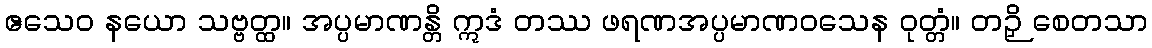
ဧသေဝ နယော သဗ္ဗတ္ထ။ အပ္ပမာဏန္တိ ဣဒံ တဿ ဖရဏအပ္ပမာဏဝသေန ဝုတ္တံ။ တဉှိ စေတသာ